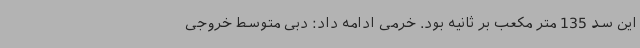
این سد 135 متر مکعب بر ثانیه بود. خرمی ادامه داد: دبی متوسط خروجی